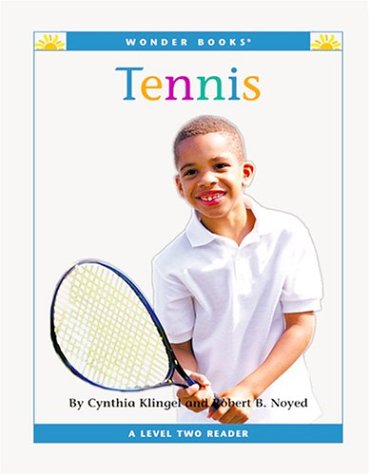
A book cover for Tennis (Wonder Books: Level 2 Sports); Cynthia Fitterer Klingel; Children's Books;